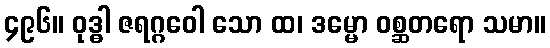
၄၉၆။ ဝုဒ္ဓါ ဇရဂ္ဂဝေါ သော ထ၊ ဒမ္မော ဝစ္ဆတရော သမာ။